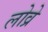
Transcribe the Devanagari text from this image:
लोव्रे